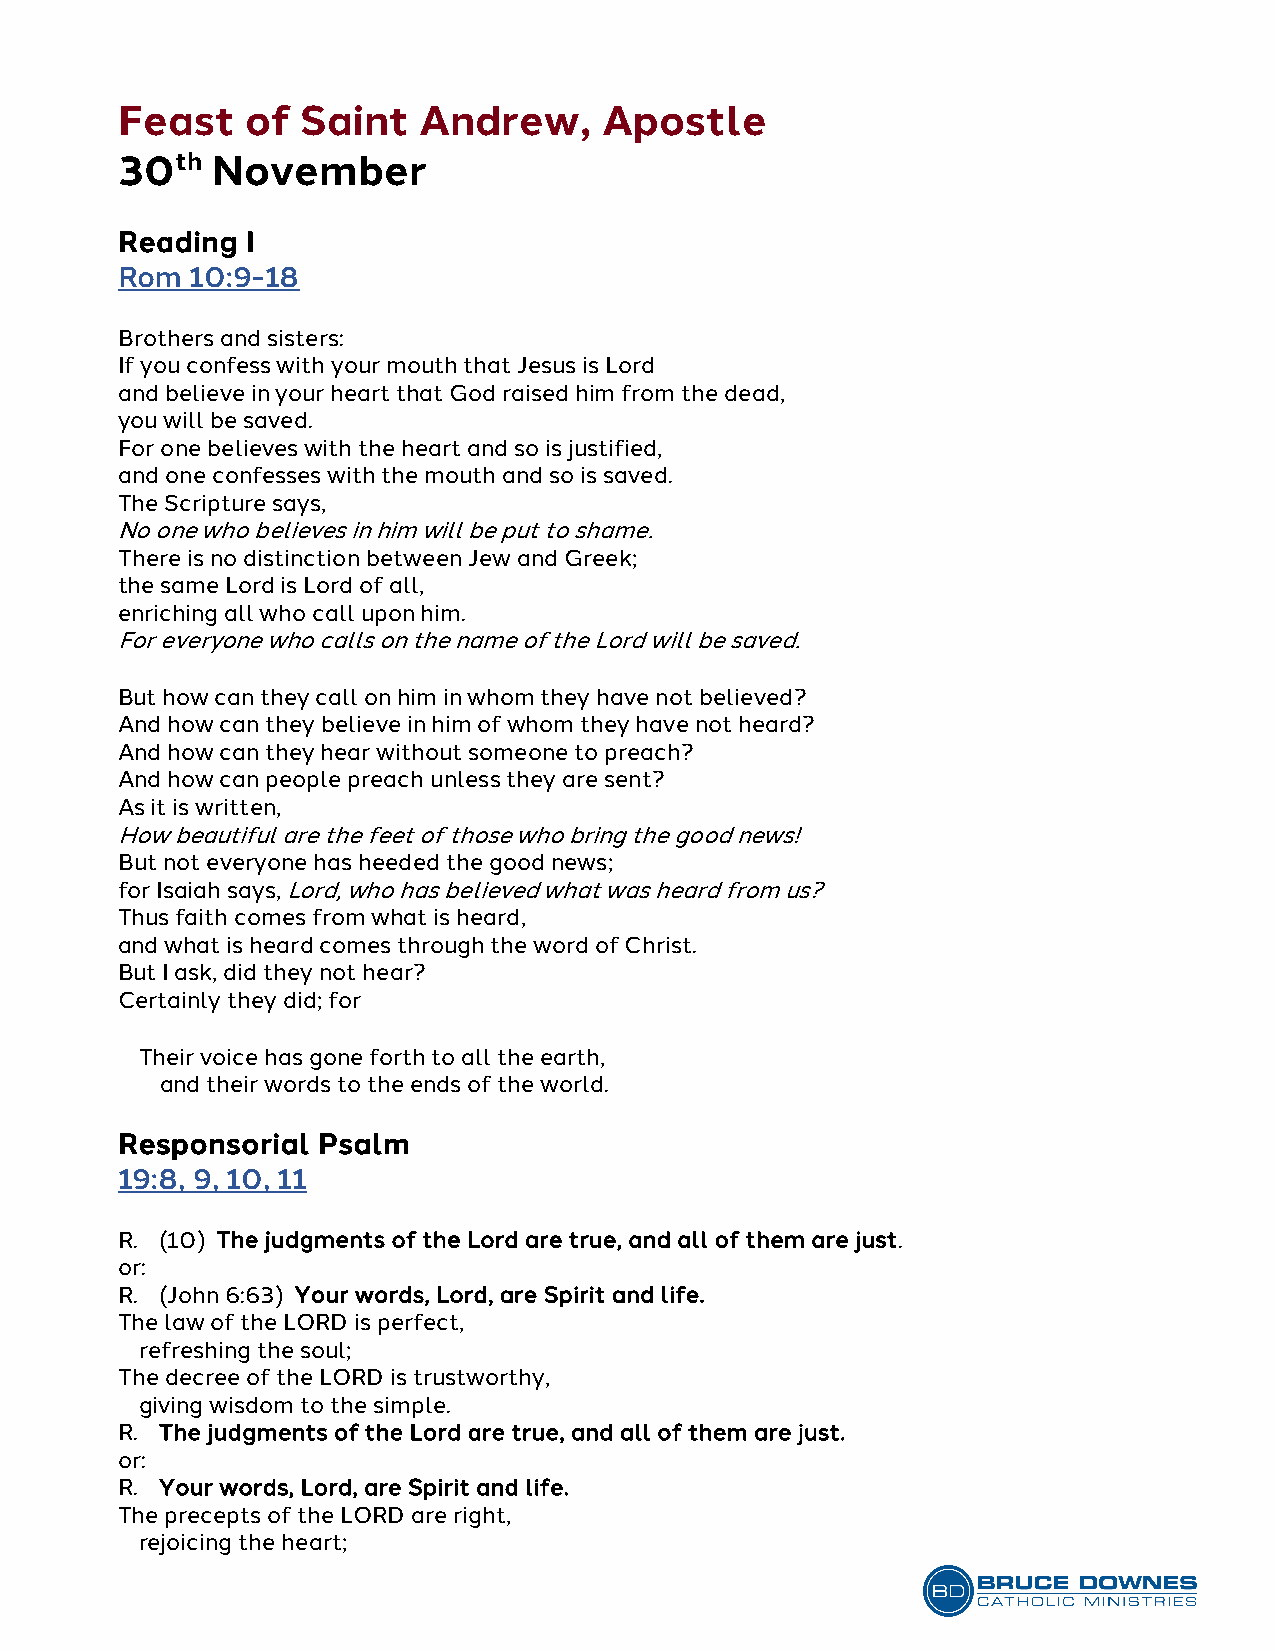
Feast   of  Saint   Andrew,     Apostle
 30th  November
 Reading I
 Rom  10:9-18
 Brothers and sisters:
 If you confess with your mouth that Jesus is Lord
 and believe in your heart that God raised him from the dead,
 you will be saved.
 For one believes with the heart and so is justified,
 and one confesses with the mouth and so is saved.
 The Scripture says,
 No one who believes in him will be put to shame.
 There is no distinction between Jew and Greek;
 the same Lord is Lord of all,
 enriching all who call upon him.
 For everyone who calls on the name of the Lord will be saved.
 But how can they call on him in whom they have not believed?
 And how can they believe in him of whom they have not heard?
 And how can they hear without someone to preach?
 And how can people preach unless they are sent?
 As it is written,
 How beautiful are the feet of those who bring the good news!
 But not everyone has heeded the good news;
 for Isaiah says, Lord, who has believed what was heard from us?
 Thus faith comes from what is heard,
 and what is heard comes through the word of Christ.
 But I ask, did they not hear?
 Certainly they did; for
 Their voice has gone forth to all the earth,
 and their words to the ends of the world.
 Responsorial Psalm
 19:8, 9, 10, 11
 R. (10) The judgments of the Lord are true, and all of them are just.
 or:
 R. (John 6:63) Your words, Lord, are Spirit and life.
 The law of the LORD is perfect,
 refreshing the soul;
 The decree of the LORD is trustworthy,
 giving wisdom to the simple.
 R. The judgments of the Lord are true, and all of them are just.
 or:
 R. Your words, Lord, are Spirit and life.
 The precepts of the LORD are right,
 rejoicing the heart;